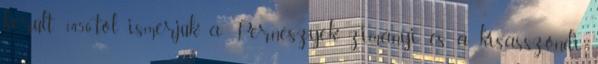
került. 1456-tól ismerjük a Perneszyek zimányi és a kisasszondi